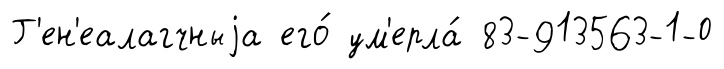
Г'ен'еалагчныjа его́ ум'ерла́ 83-913563-1-0